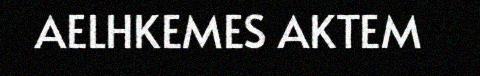
AELHKEMES AKTEM